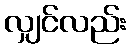
လျှင်လည်း